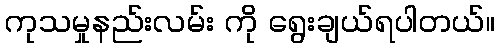
ကုသမှုနည်းလမ်း ကို ရွေးချယ်ရပါတယ်။